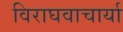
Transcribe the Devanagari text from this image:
विराघवाचार्या